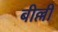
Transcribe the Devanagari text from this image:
बील्ली